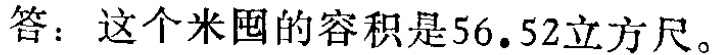
答：这个米囤的容积是\(56.52\)立方尺。